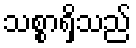
သစ္စာရှိသည်